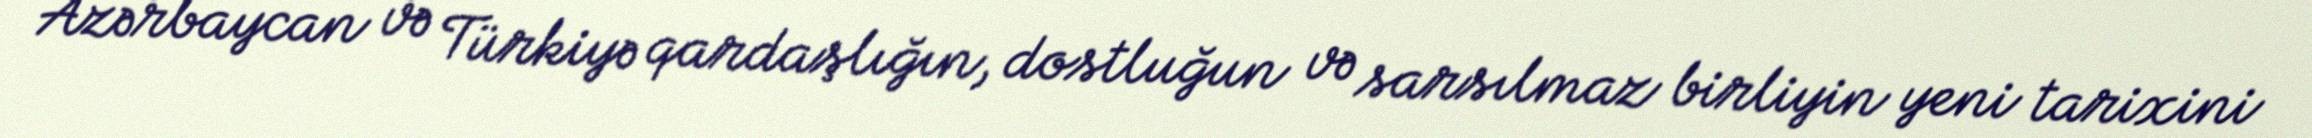
Azərbaycan və Türkiyə qardaşlığın, dostluğun və sarsılmaz birliyin yeni tarixini